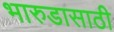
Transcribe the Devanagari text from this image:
भारुडासाठी